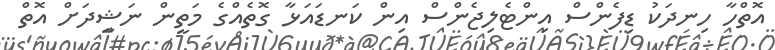
އޮތްހާ ހިނދަކު ޑިފެންސް އިންޓެލިޖެންސް އިން ކަނޑައަޅާ ގޮތެއްގެ މަތީން ނަޝީދަށް އޮތް